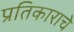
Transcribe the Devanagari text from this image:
प्रतिकाराचे